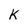
Character: K